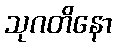
သုဂတိနော